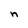
Character: n